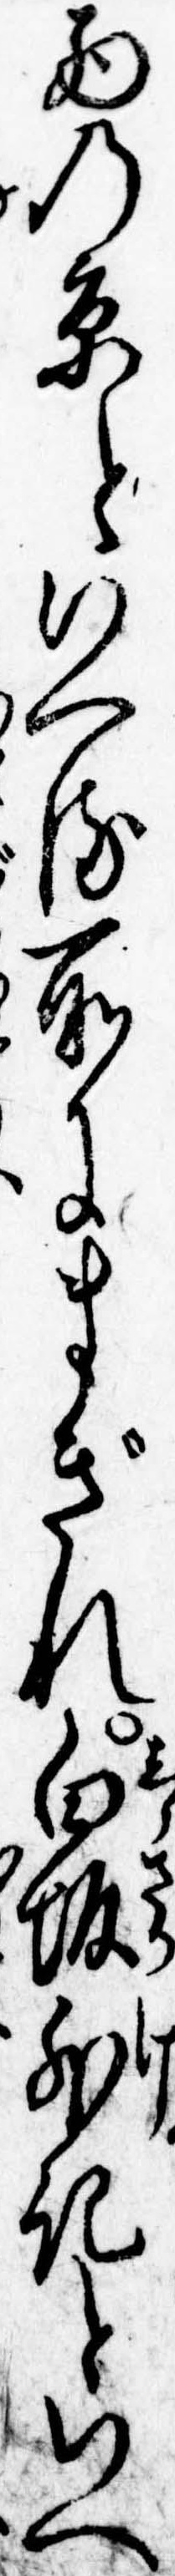
西の京といへる所にまぎれ白坂外記といへ